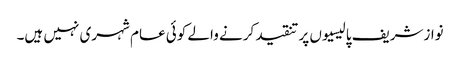
نوازشریف پالیسیوں پر تنقید کرنے والے کوئی عام شہری نہیں ہیں۔